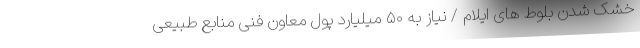
خشک شدن بلوط های ایلام / نیاز به ۵۰ میلیارد پول معاون فنی منابع طبیعی